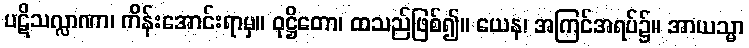
ပဋိသလ္လာဏာ၊ ကိန်းအောင်းရာမှ။ ဝုဋ္ဌိတော၊ ထသည်ဖြစ်၍။ ယေန၊ အကြင်အရပ်၌။ အာယသ္မာ